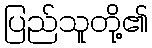
ပြည်သူတို့၏